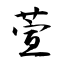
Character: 萱